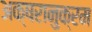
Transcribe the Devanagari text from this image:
अक्षरानुक्रम